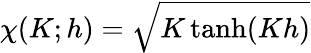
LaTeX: \chi(K;h)=\sqrt{K\operatorname{tanh}(Kh)}